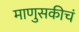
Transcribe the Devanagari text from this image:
माणुसकीचं